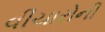
વીચારોની